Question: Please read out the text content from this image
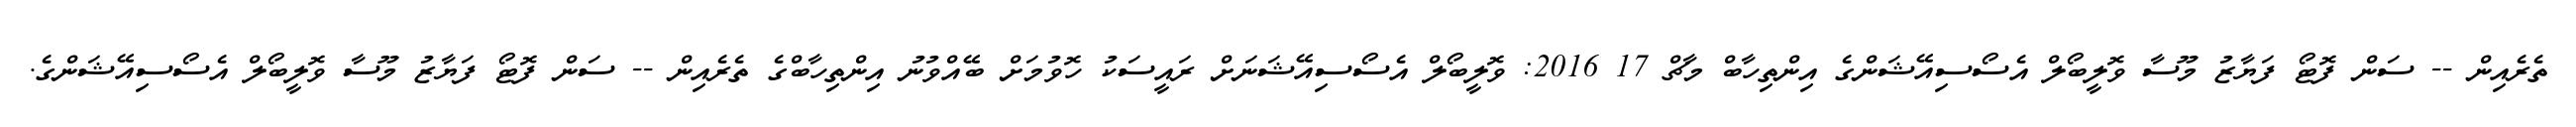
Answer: ތެރެއިން -- ސަން ފޮޓޯ ފަޔާޒު މޫސާ ވޮލީބޯލް އެސޯސިއޭޝަންގެ އިންތިހާބް މާޗް 17 2016: ވޮލީބޯލް އެސޯސިއޭޝަނަށް ރައީސަކު ހޮވުމަށް ބޭއްވުނު އިންތިހާބްގެ ތެރެއިން -- ސަން ފޮޓޯ ފަޔާޒު މޫސާ ވޮލީބޯލް އެސޯސިއޭޝަންގެ.